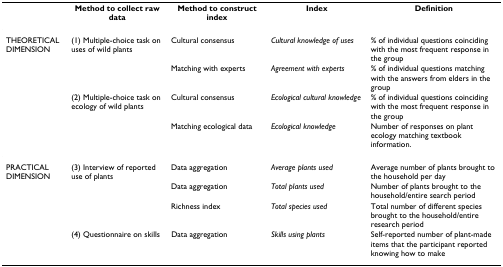
<table><thead><tr><td></td><td><b>Method to collect raw data</b></td><td><b>Method to construct index</b></td><td><b>Index</b></td><td><b>Definition</b></td></tr></thead><tbody><tr><td>THEORETICAL DIMENSION</td><td>(1) Multiple-choice task on uses of wild plants</td><td>Cultural consensus</td><td><i>Cultural knowledge of uses</i></td><td>% of individual questions coinciding with the most frequent response in the group</td></tr><tr><td></td><td></td><td>Matching with experts</td><td><i>Agreement with experts</i></td><td>% of individual questions matching with the answers from elders in the group</td></tr><tr><td></td><td>(2) Multiple-choice task on ecology of wild plants</td><td>Cultural consensus</td><td><i>Ecological cultural knowledge</i></td><td>% of individual questions coinciding with the most frequent response in the group</td></tr><tr><td></td><td></td><td>Matching ecological data</td><td><i>Ecological knowledge</i></td><td>Number of responses on plant ecology matching textbook information.</td></tr><tr><td>PRACTICAL DIMENSION</td><td>(3) Interview of reported use of plants</td><td>Data aggregation</td><td><i>Average plants used</i></td><td>Average number of plants brought to the household per day</td></tr><tr><td></td><td></td><td>Data aggregation</td><td><i>Total plants used</i></td><td>Number of plants brought to the household/entire search period</td></tr><tr><td></td><td></td><td>Richness index</td><td><i>Total species used</i></td><td>Total number of different species brought to the household/entire research period</td></tr><tr><td></td><td>(4) Questionnaire on skills</td><td>Data aggregation</td><td><i>Skills using plants</i></td><td>Self-reported number of plant-made items that the participant reported knowing how to make</td></tr></tbody></table>